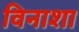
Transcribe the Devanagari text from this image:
विनाशा